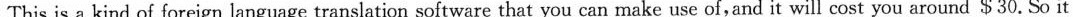
This is a kind of foreign language translation software that you can make use of,and it will cost you around $30. So it